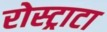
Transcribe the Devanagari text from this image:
रोस्ट्राटा